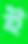
ই